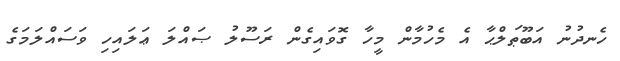
ހެނދުނު އަބޫޠަލްޙާ އެ މެހުމާން މީހާ ގޮވައިގެން ރަސޫލު ޞައްލަ ޢަލައިހި ވަސައްލަމަގެ